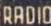
RAD10